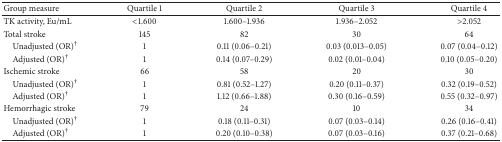
<table><thead><tr><td><b>Group measure</b></td><td><b>Quartile 1</b></td><td><b>Quartile 2</b></td><td><b>Quartile 3</b></td><td><b>Quartile 4</b></td></tr></thead><tbody><tr><td>TK activity, Eu/mL</td><td>&lt;1.600</td><td>1.600–1.936</td><td>1.936–2.052</td><td>&gt;2.052</td></tr><tr><td>Total stroke</td><td>145</td><td>82</td><td>30</td><td>64</td></tr><tr><td> Unadjusted (OR)<sup>†</sup></td><td>1</td><td>0.11 (0.06–0.21)</td><td>0.03 (0.013–0.05)</td><td>0.07 (0.04–0.12)</td></tr><tr><td> Adjusted (OR)<sup>†</sup></td><td>1</td><td>0.14 (0.07–0.29)</td><td>0.02 (0.01–0.04)</td><td>0.10 (0.05–0.20)</td></tr><tr><td>Ischemic stroke</td><td>66</td><td>58</td><td>20</td><td>30</td></tr><tr><td> Unadjusted (OR)<sup>†</sup></td><td>1</td><td>0.81 (0.52–1.27)</td><td>0.20 (0.11–0.37)</td><td>0.32 (0.19–0.52)</td></tr><tr><td> Adjusted (OR)<sup>†</sup></td><td>1</td><td>1.12 (0.66–1.88)</td><td>0.30 (0.16–0.59)</td><td>0.55 (0.32–0.97)</td></tr><tr><td>Hemorrhagic stroke</td><td>79</td><td>24</td><td>10</td><td>34</td></tr><tr><td> Unadjusted (OR)<sup>†</sup></td><td>1</td><td>0.18 (0.11–0.31)</td><td>0.07 (0.03–0.14)</td><td>0.26 (0.16–0.41)</td></tr><tr><td> Adjusted (OR)<sup>†</sup></td><td>1</td><td>0.20 (0.10–0.38)</td><td>0.07 (0.03–0.16)</td><td>0.37 (0.21–0.68)</td></tr></tbody></table>